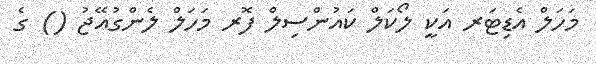
މަހަލް އެޑިޓަރ އަކީ ލޯކަލް ކައުންސިލް ފޮރ މަހަލް ލެންގުއޭޖު () ގެ